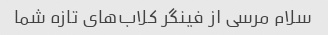
سلام مرسی از فینگر کلاب‌های تازه شما